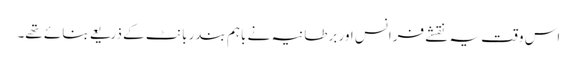
اس وقت یہ نقشے فرانس اور برطانیہ نے باہم بندر بانٹ کے ذریعے بنائے تھے۔